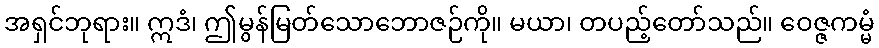
အရှင်ဘုရား။ ဣဒံ၊ ဤမွန်မြတ်သောဘောဇဉ်ကို။ မယာ၊ တပည့်တော်သည်။ ဝေဇ္ဇကမ္မံ